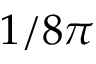
1 / 8 \pi